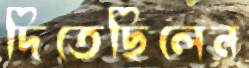
দিতেছিলেন